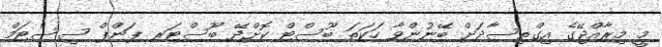
މީ މިރާއްޖޭގެ އިގްތިސާދަށް ބޭނުންވާ ހަކަތަ ބޫސްޓް ކޮށްދޭ ބޫސްޓަރ ޕަންޕް ސިސްޓަމް